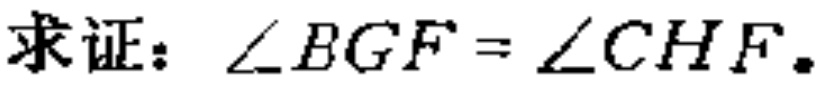
求证：\(\angle BGF = \angle CHF\)。